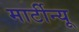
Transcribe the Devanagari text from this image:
मार्टीन्यू